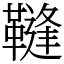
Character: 䩼